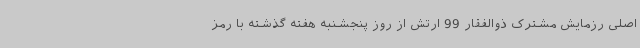
اصلی رزمایش مشترک ذوالفقار 99 ارتش از روز پنجشنبه هفته گذشته با رمز